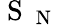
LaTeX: \mathrm{~S~}_{\mathrm{~N~}}